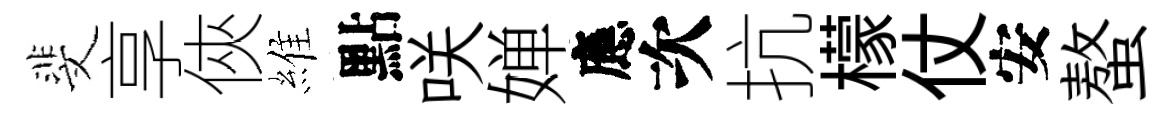
斐享俠維點咲婵應次抗檬仗安螯